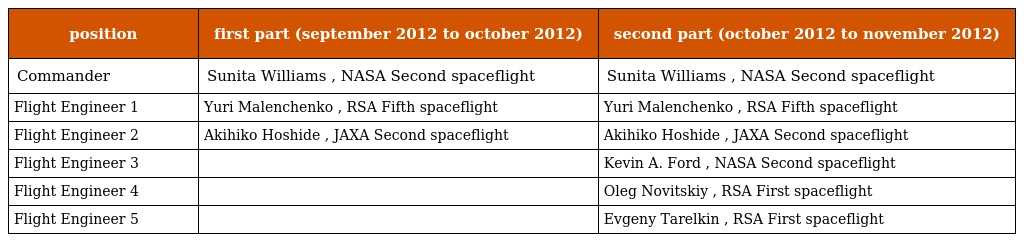
| position | first part (september 2012 to october 2012) | second part (october 2012 to november 2012) |
 | --- | --- | --- |
 | Commander | Sunita Williams , NASA Second spaceflight | Sunita Williams , NASA Second spaceflight |
 | Flight Engineer 1 | Yuri Malenchenko , RSA Fifth spaceflight | Yuri Malenchenko , RSA Fifth spaceflight |
 | Flight Engineer 2 | Akihiko Hoshide , JAXA Second spaceflight | Akihiko Hoshide , JAXA Second spaceflight |
 | Flight Engineer 3 |  | Kevin A. Ford , NASA Second spaceflight |
 | Flight Engineer 4 |  | Oleg Novitskiy , RSA First spaceflight |
 | Flight Engineer 5 |  | Evgeny Tarelkin , RSA First spaceflight |